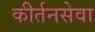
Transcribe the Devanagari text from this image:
कीर्तनसेवा